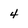
Character: 4